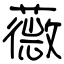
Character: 薇